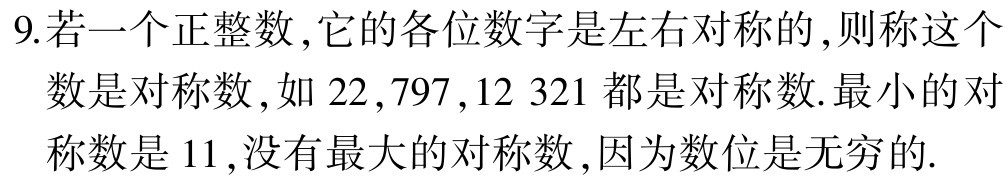
9.若一个正整数,它的各位数字是左右对称的,则称这个数是对称数,如 \(22,797,12\ 321\) 都是对称数.最小的对称数是 \(11\),没有最大的对称数,因为数位是无穷的.